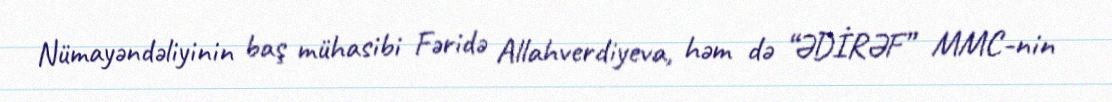
Nümayəndəliyinin baş mühasibi Fəridə Allahverdiyeva, həm də “ƏDİRƏF” MMC-nin